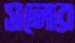
সলোর